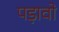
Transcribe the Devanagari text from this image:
पड़ावो